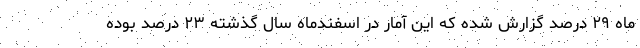
ماه ۲۹ درصد گزارش شده که این آمار در اسفندماه سال گذشته ۲۳ درصد بوده